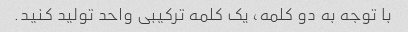
با توجه به دو کلمه، یک کلمه ترکیبی واحد تولید کنید.